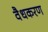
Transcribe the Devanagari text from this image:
वैधकरण